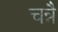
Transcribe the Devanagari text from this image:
चन्नै